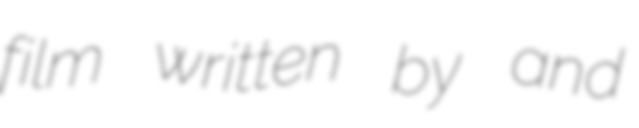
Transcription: film written by and